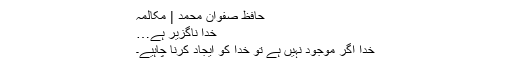
حافظ صفوان محمد | مکالمہ
خدا ناگزیر ہے…
خدا اگر موجود نہیں ہے تو خدا کو ایجاد کرنا چاہیے۔